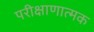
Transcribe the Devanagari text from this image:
परीक्षाणात्मक